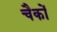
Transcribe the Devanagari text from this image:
चैकों